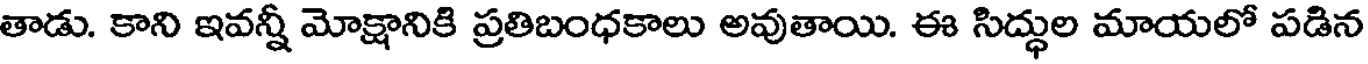
తాడు. కాని ఇవన్నీ మోక్షానికి ప్రతిబంధకాలు అవుతాయి. ఈ సిద్ధుల మాయలో పడిన